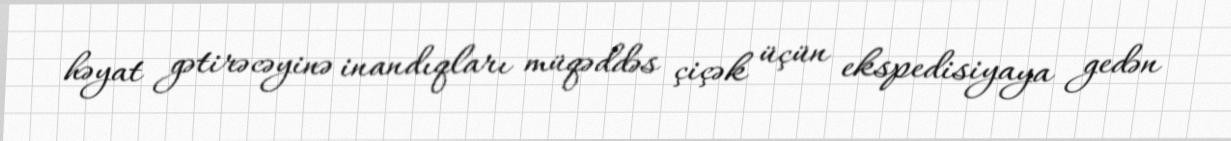
həyat gətirəcəyinə inandıqları müqəddəs çiçək üçün ekspedisiyaya gedən